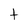
Character: t